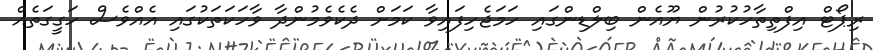
ރިޕޯޓް އިފްތިތާހުކުރުން ޔޫއެން ބިލްޑިންގައި ހަމަޖެހިފައިވާ ކަމަށް ދެކެވެމުންދާ ވާހަކަތަކުގައި އެއްވެސް ހަގީގަތެއް